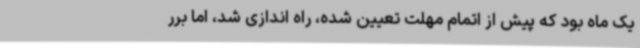
یک ماه بود که پیش از اتمام مهلت تعیین شده، راه اندازی شد، اما برر